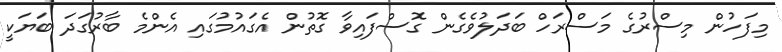
މިފަހުން މިސްރުގެ މަސްރަހް ބަދަލުވެގެން ގޮސްފައިވާ ގޮތުން އެގައުމުގައި އެންމެ ބާރުގަދަ ބަޔަކީ